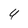
Character: 4